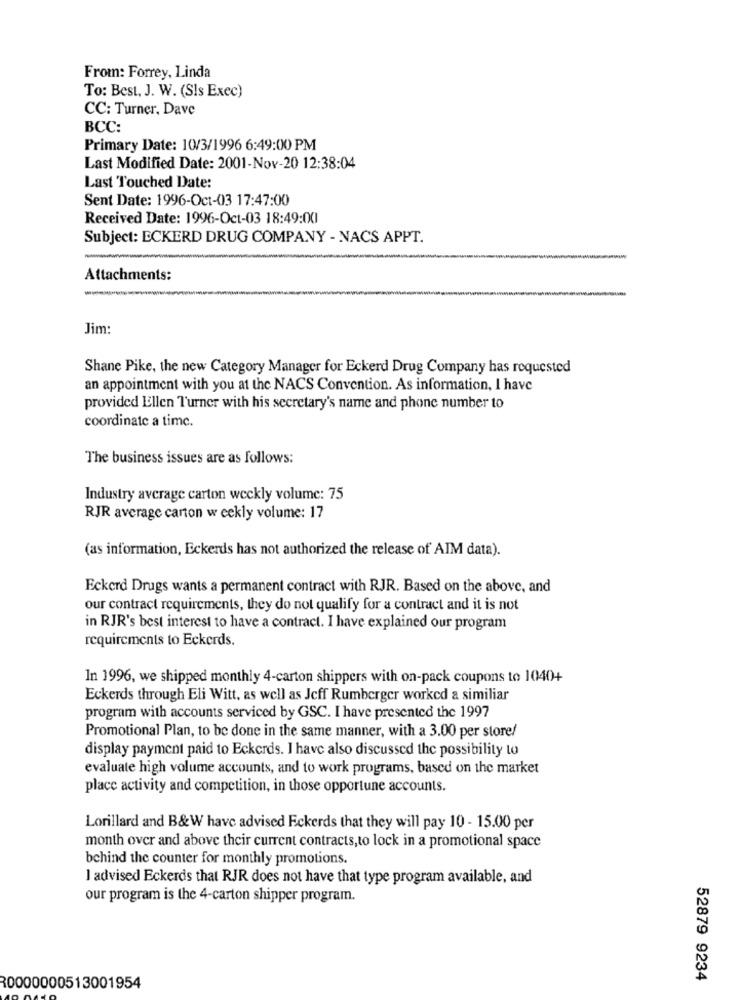
From: Forrey, Linda
To: Best, J. W. (Sls Exec)
CC: Turner, Dave
BCC:
Primary Date: 10/3/1996 6:49:00 PM
Last Modified Date: 2001-Nov-20 12:38:04
Last Touched Date:
Sent Date: 1996-Oct-03 17:47:00
Received Date: 1996-Oct-03 18:49:00
Subject: ECKERD DRUG COMPANY - NACS APPT.
Attachments:
Jim:
Shane Pike, the new Category Manager for Eckerd Drug Company has requested
an appointment with you at the NACS Convention. As information, I have
provided Ellen Turner with his secretary's name and phone number to
coordinate a time.
The business issues are as follows:
Industry average carton weckly volume: 75
RJR average carton weekly volume: 17
(as information, Eckerds has not authorized the release of AIM data).
Eckerd Drugs wants a permanent contract with RJR. Based on the above, and
our contract requirements, they do not qualify for a contract and it is not
in RJR's best interest to have a contract. I have explained our program
requirements to Eckerds.
In 1996, we shipped monthly 4-carton shippers with on-pack coupons to 1040+
Eckerds through Eli Witt, as well as Jeff Rumberger worked a similiar
program with accounts serviced by GSC. I have presented the 1997
Promotional Plan, to be done in the same manner, with a 3.00 per store/
display payment paid to Eckerds. I have also discussed the possibility to
evaluate high volume accounts, and to work programs, based on the market
place activity and competition, in those opportune accounts.
Lorillard and B&W have advised Eckerds that they will pay 10 - 15.00 per
month over and above their current contracts,to lock in a promotional space
behind the counter for monthly promotions.
I advised Eckerds that RJR does not have that type program available, and
our program is the 4-carton shipper program.
52879 9234
30000000513001954